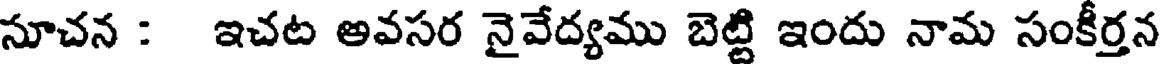
సూచన : ఇచట అవసర నైవేద్యము బెట్టి ఇందు నామ సంకీర్తన